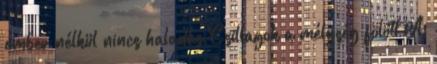
ember nélkül nincs haladás Csillagok a mélység fölött A